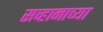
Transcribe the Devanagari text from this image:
सव्हानाच्या